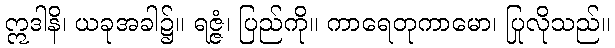
ဣဒါနိ၊ ယခုအခါ၌။ ရဇ္ဇံ၊ ပြည်ကို။ ကာရေတုကာမော၊ ပြုလိုသည်။